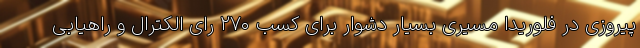
پیروزی در فلوریدا مسیری بسیار دشوار برای کسب ۲۷۰ رای الکترال و راهیابی